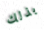
بذلك